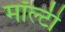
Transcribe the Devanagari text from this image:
मॉल्टी